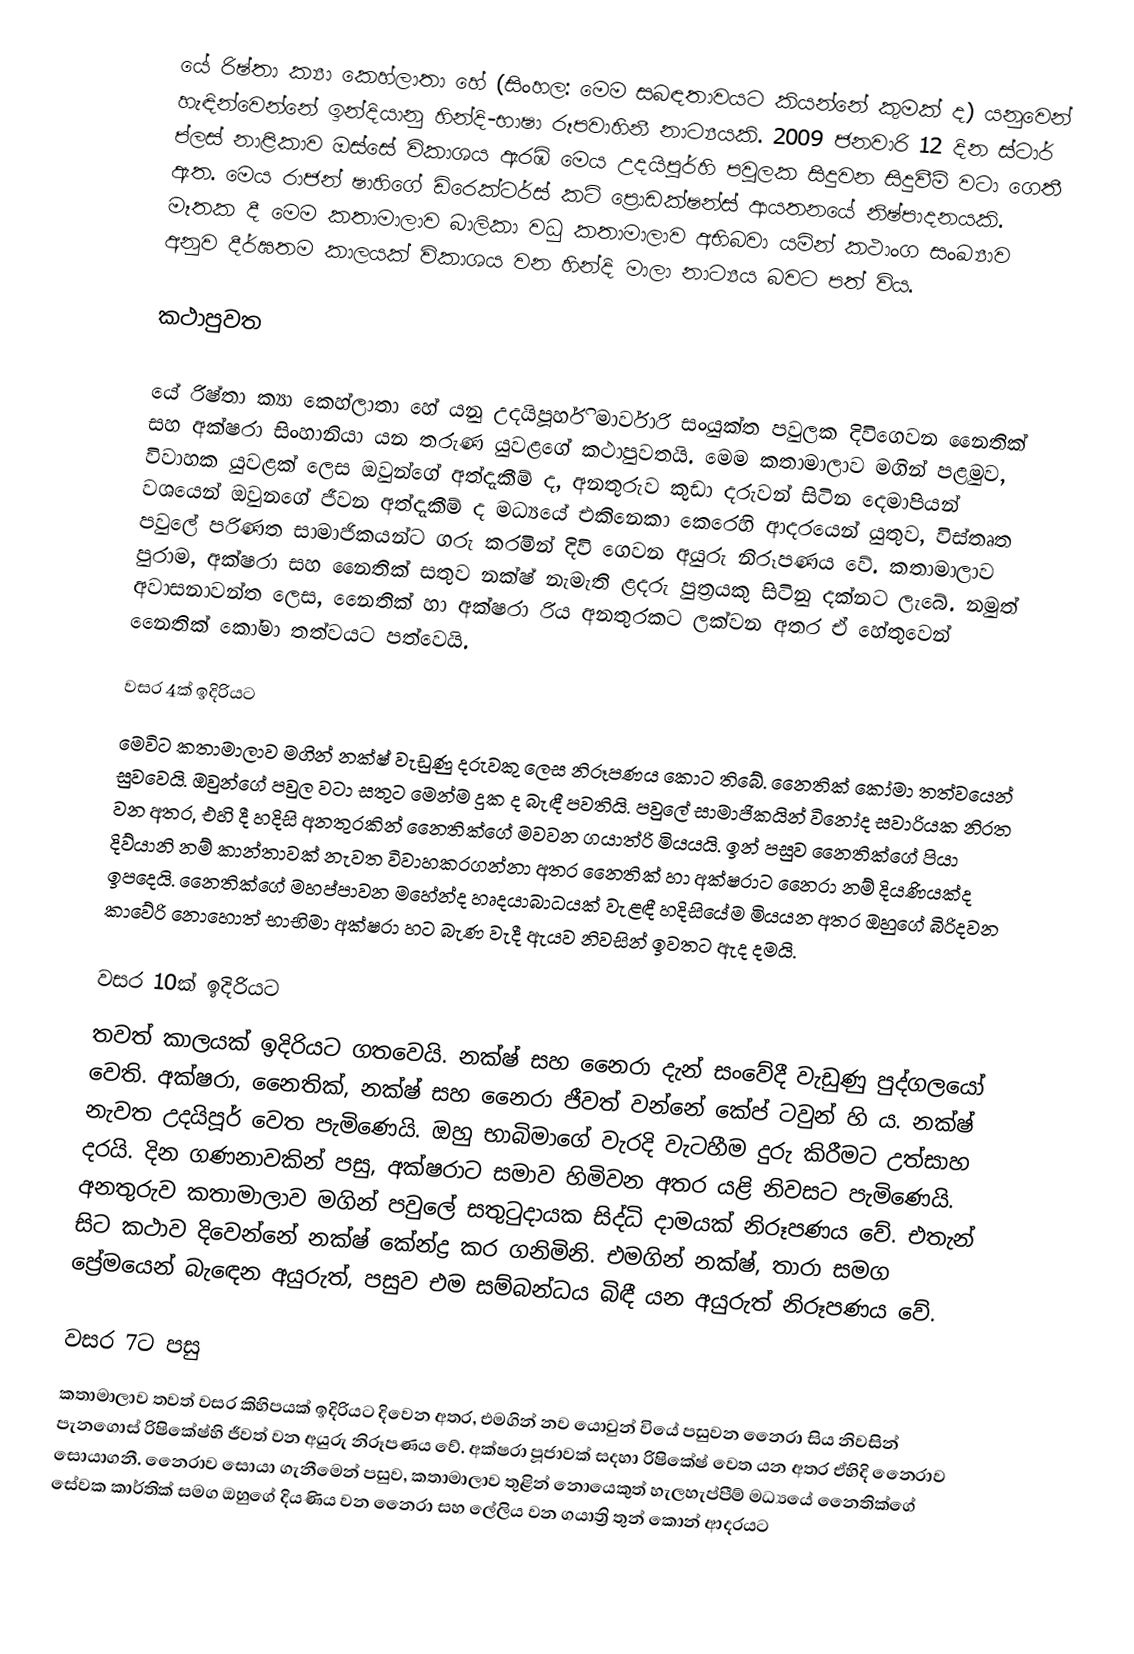
යේ රිෂ්තා ක්‍යා කෙහ්ලාතා හේ (සිංහල: මෙම සබඳතාවයට කියන්නේ කුමක් ද) යනුවෙන් හැඳින්වෙන්නේ ඉන්දියානු හින්දි-භාෂා රූපවාහිනී නාට්‍යයකි. 2009 ජනවාරි 12 දින ස්ටාර් ප්ලස් නාළිකාව ඔස්සේ විකාශය ඇරඹි මෙය උදයිපූර්හි පවුලක සිදුවන සිදුවීම් වටා ගෙතී ඇත. මෙය රාජන් ෂාහිගේ ඩිරෙක්ටර්ස් කට් ප්‍රොඩක්ෂන්ස් ආයතනයේ නිෂ්පාදනයකි. මෑතක දී මෙම කතාමාලාව බාලිකා වධු කතාමාලාව අභිබවා යමින් කථාංග සංඛ්‍යාව අනුව දීර්ඝතම කාලයක් විකාශය වන හින්දි මාලා නාට්‍යය බවට පත් විය.

කථාපුවත

යේ රිෂ්තා ක්‍යා කෙහ්ලාතා හේ යනු උදයිපූර්හි මාර්වාරි සංයුක්ත පවුලක දිවිගෙවන නෛතික් සහ අක්ෂරා සිංහානියා යන තරුණ යුවළගේ කථාපුවතයි. මෙම කතාමාලාව මගින් පළමුව, විවාහක යුවළක් ලෙස ඔවුන්ගේ අත්දැකීම් ද, අනතුරුව කුඩා දරුවන් සිටින දෙමාපියන් වශයෙන් ඔවුනගේ ජීවන අත්දැකීම් ද මධ්‍යයේ එකිනෙකා කෙරෙහි ආදරයෙන් යුතුව, විස්තෘත පවුලේ පරිණත සාමාජිකයන්ට ගරු කරමින් දිවි ගෙවන අයුරු නිරූපණය වේ. කතාමාලාව පුරාම, අක්ෂරා සහ නෛතික් සතුව නක්ෂ් නැමැති ළදරු පුත්‍රයකු සිටිනු දක්නට ලැබේ. නමුත් අවාසනාවන්ත ලෙස, නෙෙතික් හා අක්ෂරා රිය අනතුරකට ලක්වන අතර ඒ හේතුවෙන් නෙෙතික් කෝමා තත්වයට පත්වෙයි.

වසර 4ක් ඉදිරියට
මෙවිට කතාමාලාව මගින් නක්ෂ් වැඩුණු දරුවකු ලෙස නිරූපණය කොට තිබේ. නෙෙතික් කෝමා තත්වයෙන් සුවවෙයි. ඔවුන්ගේ පවුල වටා සතුට මෙන්ම දුක ද බැඳී පවතියි. පවුලේ සාමාජිකයින් විනෝද සවාරියක නිරත වන අතර, එහි දී හදිසි අනතුරකින් නෙෙතික්ගේ මවවන ගයාත්රි මියයයි. ඉන් පසුව නෙෙතික්ගේ පියා දිව්යානි නම් කාන්තාවක් නැවත විවාහකරගන්නා අතර නෙෙතික් හා අක්ෂරාට නෙෙරා නම් දියණියක්ද ඉපදෙයි. නෙෙතික්ගේ මහප්පාවන මහේන්ද හෘදයාබාධයක් වැළඳී හදිසියේම මියයන අතර ඔහුගේ බිරිදවන කාවේරි නොහොත් භාභිමා අක්ෂරා හට බැණ වැදී ඇයව නිවසින් ඉවතට ඇද දමයි.

වසර 10ක් ඉදිරියට
තවත් කාලයක් ඉදිරියට ගතවෙයි. නක්ෂ් සහ නෛරා දැන් සංවේදී වැඩුණු පුද්ගලයෝ වෙති. අක්ෂරා, නෛතික්, නක්ෂ් සහ නෛරා ජීවත් වන්නේ කේප් ටවුන් හි ය. නක්ෂ් නැවත උදයිපූර් වෙත පැමිණෙයි. ඔහු භාබිමාගේ වැරදි වැටහීම දුරු කිරීමට උත්සාහ දරයි. දින ගණනාවකින් පසු, අක්ෂරාට සමාව හිමිවන අතර යළි නිවසට පැමිණෙයි. අනතුරුව කතාමාලාව මගින් පවුලේ සතුටුදායක සිද්ධි දාමයක් නිරූපණය වේ. එතැන් සිට කථාව දිවෙන්නේ නක්ෂ් කේන්ද්‍ර කර ගනිමිනි. එමගින් නක්ෂ්, තාරා සමග ප්‍රේමයෙන් බැ‍ඳෙන අයුරුත්, පසුව එම සම්බන්ධය බිඳී යන අයුරුත් නිරූපණය වේ.

වසර 7ට පසු
කතාමාලාව තවත් වසර කිහිපයක් ඉදිරියට ‍දිවෙන අතර, එමගින් නව යොවුන් වියේ පසුවන නෛරා සිය නිවසින් පැනගොස් රිෂිකේෂ්හි ජීවත් වන අයුරු නිරූපණය වේ. අක්ෂරා පූජාවක් සදහා රිෂිකේෂ් වෙත යන අතර ඒහිදි නෙෙරාව සොයාගනී. නෙෙරාව සොයා ගැනීමෙන් පසුව, කතාමාලාව තුළින් නොයෙකුත් හැලහැප්පීම් මධ්‍යයේ නෛතික්ගේ සේවක කාර්තික් සමග ඔහුගේ දියණිය වන නෛරා සහ ලේලිය වන ගයාත්‍රි තුන් කොන් ආදරයට